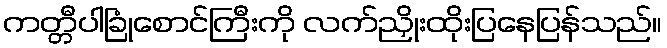
ကတ္တီပါခြုံစောင်ကြီးကို လက်ညှိုးထိုးပြနေပြန်သည်။